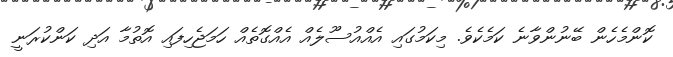
ކޮންމެހެން ބޭނުންވާނެ ކަމެކެވެ. މިކަމުގައި އެއްއުސޫލެއް އެއްގޮތެއް ހަމަޖެހިފައި އޮތުމާ އަދި ކަންކުރަނީ